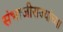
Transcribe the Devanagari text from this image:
संभाजीराज्यांच्या